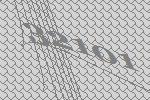
32101